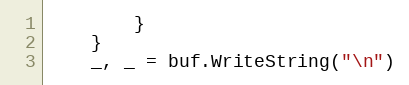
Language: Go
		}
	}
	_, _ = buf.WriteString("\n")